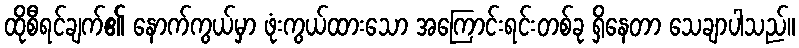
ထိုစီရင်ချက်၏ နောက်ကွယ်မှာ ဖုံးကွယ်ထားသော အကြောင်းရင်းတစ်ခု ရှိနေတာ သေချာပါသည်။